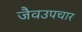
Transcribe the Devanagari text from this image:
जैवउपचार